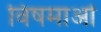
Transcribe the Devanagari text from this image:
विषमाओं